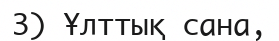
3) Ұлттық сана,